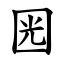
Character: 㘢